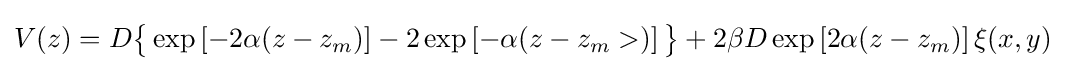
V(z)=D{\big \{}\exp \left[-2\alpha (z-z_{m})\right]-2\exp \left[-\alpha (z-z_{m}>)\right]{\big \}}+2\beta D\exp \left[2\alpha (z-z_{m})\right]\xi (x,y)